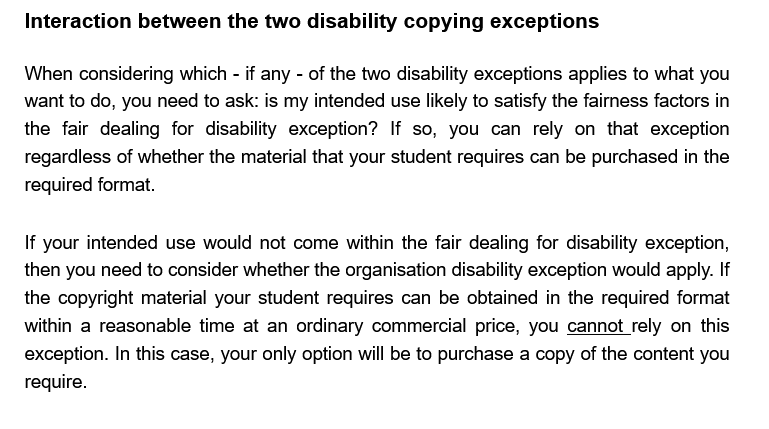
Interaction between   the two disability copying  exceptions
   When considering which - if any
     -
     of the two disability exceptions applies to what you
   want to do, you need to ask: is my intended use likely to satisfy the fairness factors in
   the fair dealing for disability exception? If so, you can rely on that exception
   regardless of whether the material that your student requires can be purchased in the
   required format.
   If your intended use would not come within the fair dealing for disability exception,
   then you need to consider whether the organisation disability exception would apply. If
   the copyright material your student requires can be obtained in the required format
   within a reasonable time at an ordinary commercial price, you cannot rely on this
   exception. In this case, your only option will be to purchase a copy of the content you
   require.